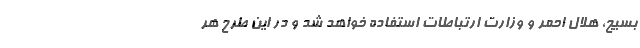
بسیج، هلال احمر و وزارت ارتباطات استفاده خواهد شد و در این طرح هر